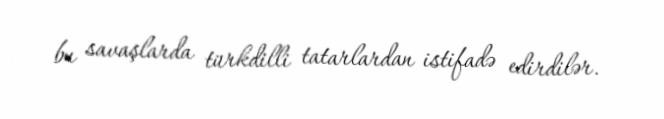
bu savaşlarda türkdilli tatarlardan istifadə edirdilər.